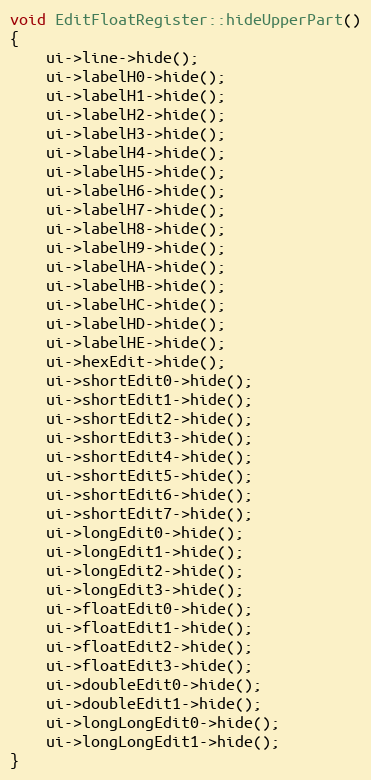
Language: C++
void EditFloatRegister::hideUpperPart()
{
    ui->line->hide();
    ui->labelH0->hide();
    ui->labelH1->hide();
    ui->labelH2->hide();
    ui->labelH3->hide();
    ui->labelH4->hide();
    ui->labelH5->hide();
    ui->labelH6->hide();
    ui->labelH7->hide();
    ui->labelH8->hide();
    ui->labelH9->hide();
    ui->labelHA->hide();
    ui->labelHB->hide();
    ui->labelHC->hide();
    ui->labelHD->hide();
    ui->labelHE->hide();
    ui->hexEdit->hide();
    ui->shortEdit0->hide();
    ui->shortEdit1->hide();
    ui->shortEdit2->hide();
    ui->shortEdit3->hide();
    ui->shortEdit4->hide();
    ui->shortEdit5->hide();
    ui->shortEdit6->hide();
    ui->shortEdit7->hide();
    ui->longEdit0->hide();
    ui->longEdit1->hide();
    ui->longEdit2->hide();
    ui->longEdit3->hide();
    ui->floatEdit0->hide();
    ui->floatEdit1->hide();
    ui->floatEdit2->hide();
    ui->floatEdit3->hide();
    ui->doubleEdit0->hide();
    ui->doubleEdit1->hide();
    ui->longLongEdit0->hide();
    ui->longLongEdit1->hide();
}